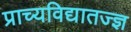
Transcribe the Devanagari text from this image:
प्राच्यविद्यातज्ज्ञ